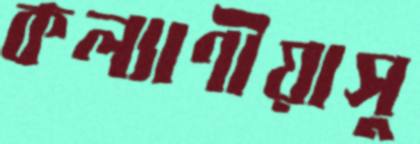
কল্যাণীয়াসু